Quinine and its salts - Number 41
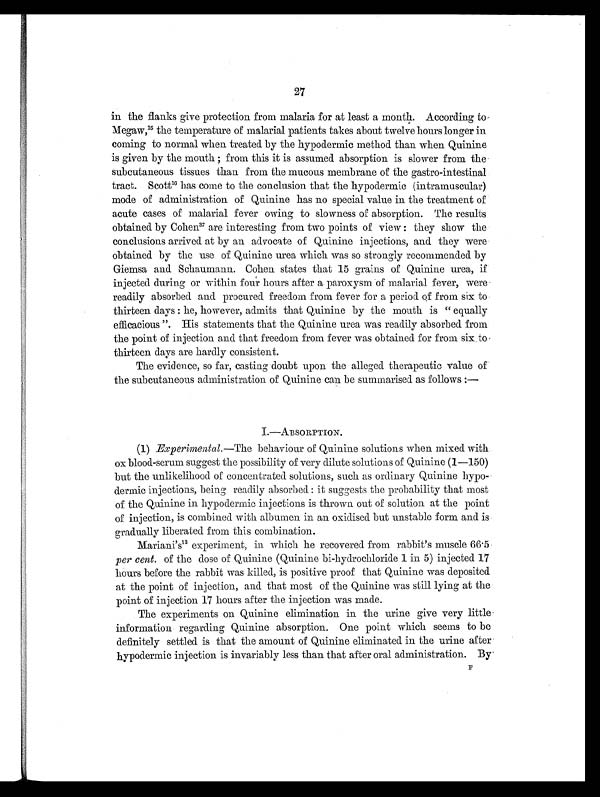
27
in the flanks give protection from malaria for at least a month. According to
Megaw,15 the temperature of malarial patients takes about twelve hours longer in
coming to normal when treated by the hypodermic method than when Quinine
is given by the mouth; from this it is assumed absorption is slower from the
subcutaneous tissues than from the mucous membrane of the gastro-intestinal
tract. Scott 16 has come to the conclusion that the hypodermic (intramuscular)
mode of administration of Quinine has no special value in the treatment of
acute cases of malarial fever owing to slowness of absorption. The results
obtained by Cohen3 7
a r e i n t e r e s t i n g f r o m t w o p o i n t s o f v i e w : t h e y s h o w t h e
conclusions arrived at by an advocate of Quinine injections, and they were
obtained by the use of Quinine urea which was so strongly recommended by
Giemsa and Schaumann. Cohen states that 15 grains of Quinine urea, if
injected during or within four hours after a paroxysm of malarial fever, were
readily absorbed and procured freedom from fever for a period of from six to
thirteen days: he, however, admits that Quinine by the mouth is "equally
efficacious". His statements that the Quinine urea was readily absorbed from
the point of injection and that freedom from fever was obtained for from six to
thirteen days are hardly consistent.
The evidence, so far, casting doubt upon the alleged therapeutic value of
the subcutaneous administration of Quinine can be summarised as follows:—
I.—ABSORPTION.
(1) Experimental. —The behaviour of Quinine solutions when mixed with
ox blood-serum suggest the possibility of very dilute solutions of Quinine (1—150)
but the unlikelihood of concentrated solutions, such as ordinary Quinine hypo-
dermic injections, being readily absorbed: it suggests the probability that most
of the Quinine in hypodermic injections is thrown out of solution at the point
of injection, is combined with albumen in an oxidised but unstable form and is
gradually liberated from this combination.
Mariani's13 experiment, in which he recovered from rabbit's muscle 66.5
per cent. of the dose of Quinine (Quinine hi-hydrochloride 1 in 5) injected 17
hours before the rabbit was killed, is positive proof that Quinine was deposited
at the point of injection, and that most of the Quinine was still lying at the
point of injection 17 hours after the injection was made.
The experiments on Quinine elimination in the urine give very little
information regarding Quinine absorption. One point which seems to be
definitely settled is that the amount of Quinine eliminated in the urine after
hypodermic injection is invariably less than that after oral administration. By
F